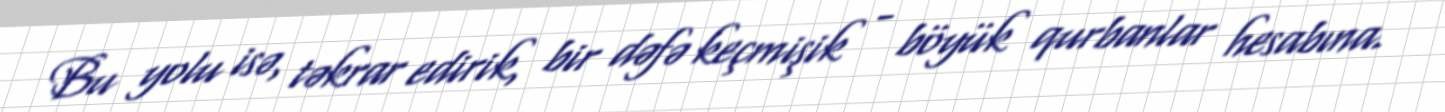
Bu yolu isə, təkrar edirik, bir dəfə keçmişik - böyük qurbanlar hesabına.